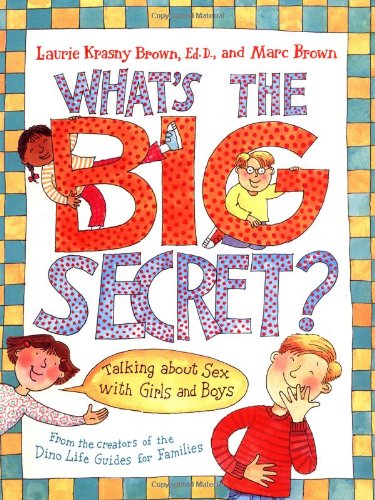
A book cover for What's the Big Secret?: Talking about Sex with Girls and Boys; Laurie Krasny Brown; Children's Books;